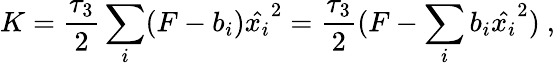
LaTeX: K={\frac{\tau_{3}}{2}}\sum_{i}(F-b_{i})\hat{x_{i}}^{2}={\frac{\tau_{3}}{2}}(F-\sum_{i}b_{i}\hat{x_{i}}^{2})\ ,